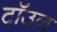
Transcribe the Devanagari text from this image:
टॉउन